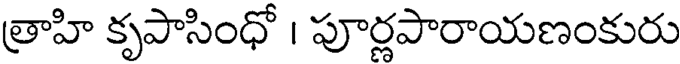
త్రాహి కృపాసింధో । పూర్ణపారాయణంకురు